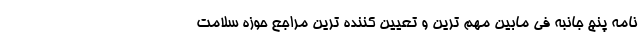
نامه پنج جانبه فی مابین مهم ترین و تعیین کننده ترین مراجع حوزه سلامت